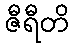
ဇီရီတိ